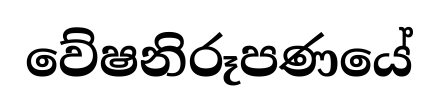
වේෂනිරූපණයේ